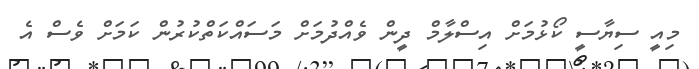
މިއީ ސިޔާސީ ކޯޅުމަށް އިސްލާމް ދީން ވެއްދުމަށް މަސައްކަތްކުރުން ކަމަށް ވެސް އެ